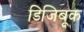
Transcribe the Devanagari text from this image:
डिजिबूक